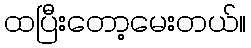
ထပြီးတော့မေးတယ်။